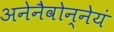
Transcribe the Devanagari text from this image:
अनेनैवोन्नेयं